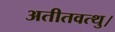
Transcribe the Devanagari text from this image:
अतीतवत्थु।